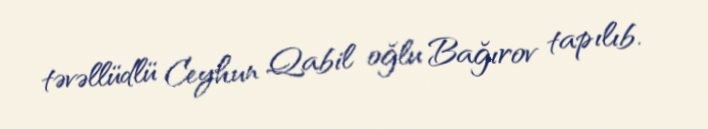
təvəllüdlü Ceyhun Qabil oğlu Bağırov tapılıb.